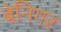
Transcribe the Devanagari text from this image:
बेनिगर